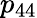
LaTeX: p_{44}